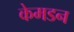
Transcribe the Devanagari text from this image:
केमडन